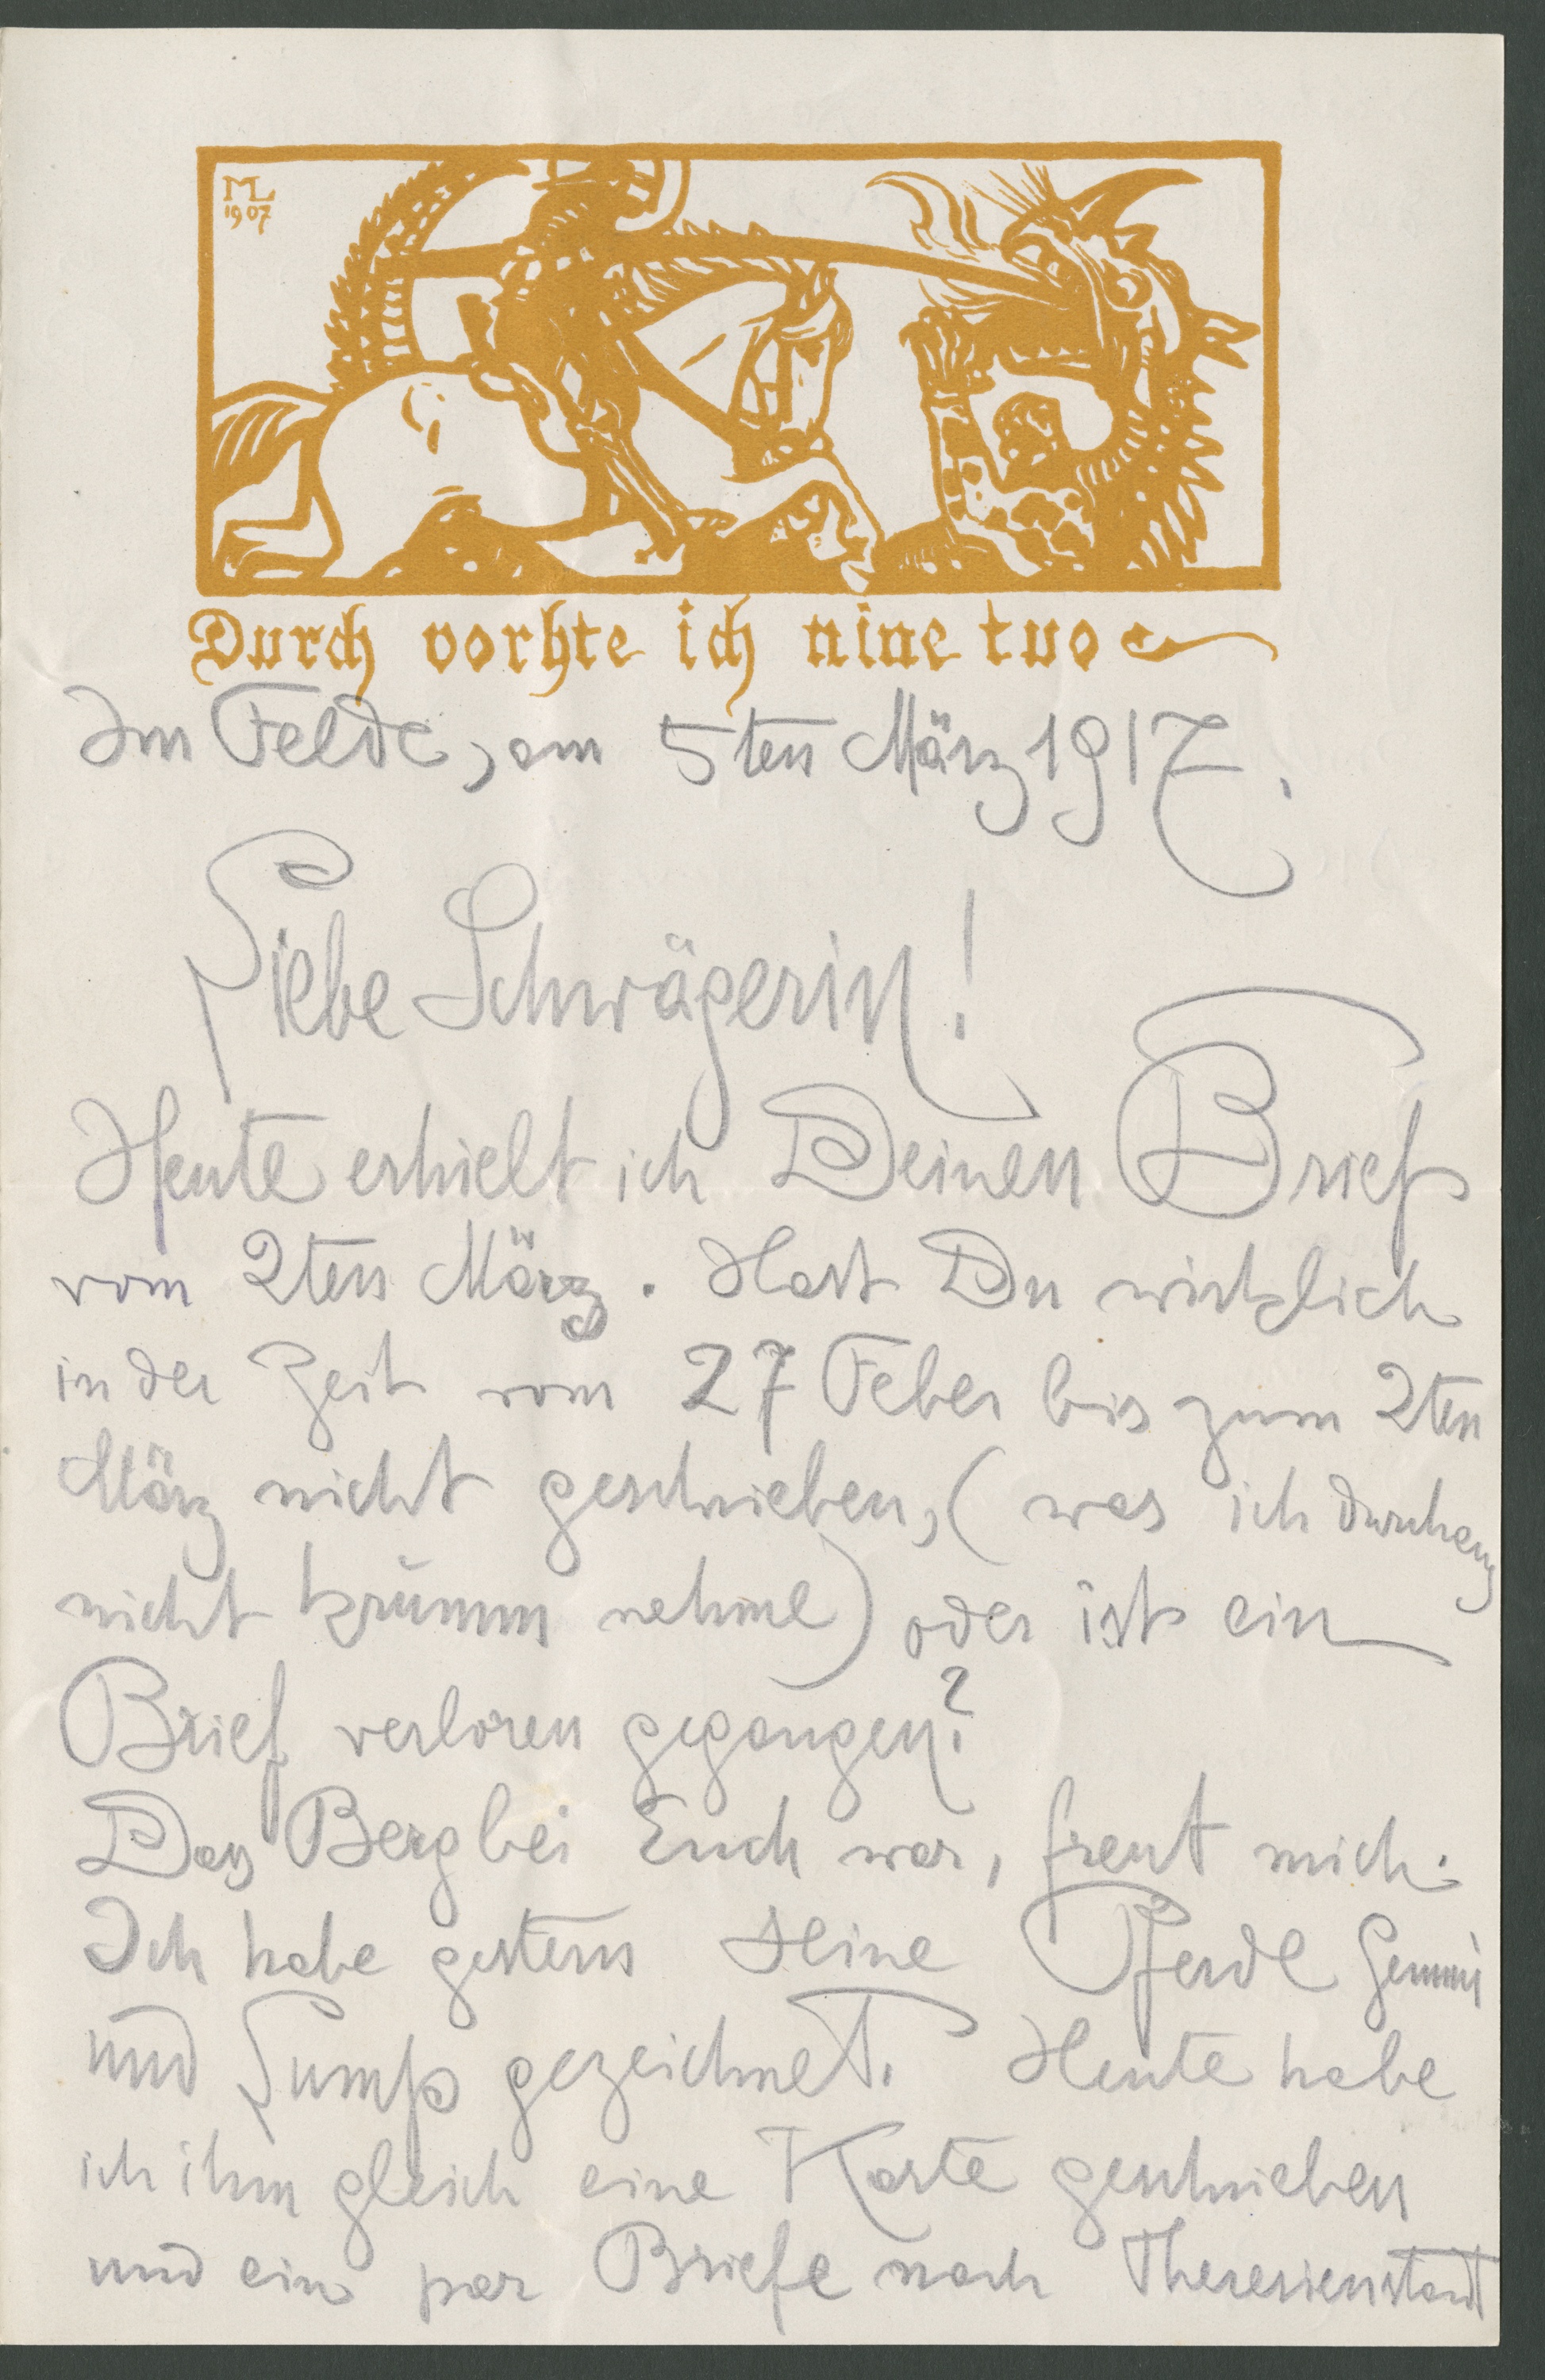
1907
Durch vorhte ich nine tuo
Im Felde, am 5ten März 1917
Liebe Schwägerin!
Heute erhielt ich Deinen Brief
vom 2ten März. Hast Du wirklich
in der Zeit vom 27 Feber bis zum 2ten
März nicht geschrieben, (was ich durchaus
nicht krumm nehme) oder ist ein
Brief verloren gegangen?
Dass Berg bei Euch war, freut mich.
Ich habe gestern seine Pferde Gemmi
und Lump gezeichnet. Heute habe
ich ihm gleich eine Karte geschrieben
und ein par Briefe nach Theresienstadt